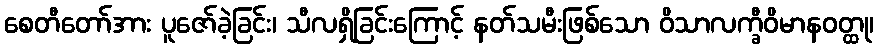
စေတီတော်အား ပူဇော်ခဲ့ခြင်း၊ သီလရှိခြင်းကြောင့် နတ်သမီးဖြစ်သော ဝိသာလက္ခီဝိမာနဝတ္ထု၊